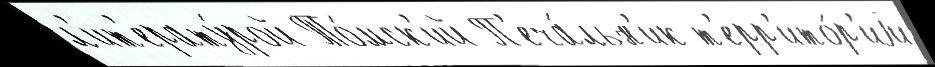
л'ит'ерату́рой То́мск'ий П'еча́льн'ик т'ерр'ито́р'иjи